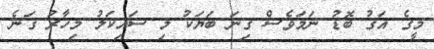
މީގެ އަގު ބޮޑު ނަމަވެސް ގިނަ ބަޔަކު މި ސައިކަލު މިހާރު ގަނެ